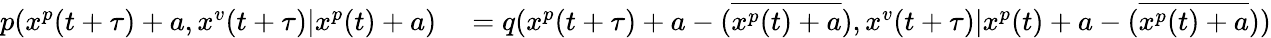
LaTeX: \begin{array}{rl}{p(x^{p}(t+\tau)+a,x^{v}(t+\tau)|x^{p}(t)+a)}&{{}=q(x^{p}(t+\tau)+a-(\overline{{x^{p}(t)+a}}),x^{v}(t+\tau)|x^{p}(t)+a-(\overline{{x^{p}(t)+a}}))}\end{array}